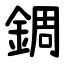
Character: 錭